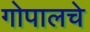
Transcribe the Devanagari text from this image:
गोपालचे